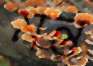
মন্তু